Civil Veterinary Dept. Bombay admin report 1932-41 - 1932-1941
Year: 1932
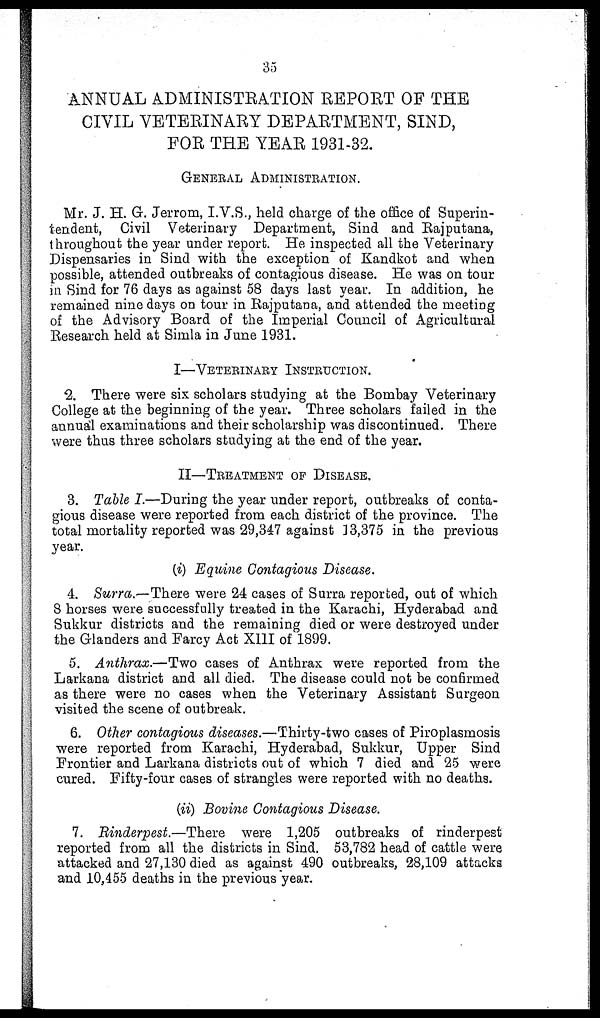
35
ANNUAL ADMINISTRATION REPORT OF THE
CIVIL VETERINARY DEPARTMENT, SIND,
FOR THE YEAR 1931-32.
GENERAL ADMINISTRATION.
Mr. J. H. G. Jerrom, I.V.S., held charge of the office of Superin-
tendent, Civil Veterinary Department, Sind and Rajputana,
throughout the year under report. He inspected all the Veterinary
Dispensaries in Sind with the exception of Kandkot and when
possible, attended outbreaks of contagious disease. He was on tour
in Sind for 76 days as against 58 days last year. In addition, he
remained nine days on tour in Rajputana, and attended the meeting
of the Advisory Board of the Imperial Council of Agricultural
Research held at Simla in June 1931.
I—VETERINARY INSTRUCTION.
2. There were six scholars studying at the Bombay Veterinary
College at the beginning of the year. Three scholars failed in the
annual examinations and their scholarship was discontinued. There
were thus three scholars studying at the end of the year.
II—TREATMENT OF DISEASE.
3. Table I.—During the year under report, outbreaks of conta-
gious disease were reported from each district of the province. The
total mortality reported was 29,347 against 13,375 in the previous
year.
(i) Equine Contagious Disease.
4. Surra.—There were 24 cases of Surra reported, out of which
8 horses were successfully treated in the Karachi, Hyderabad and
Sukkur districts and the remaining died or were destroyed under
the Glanders and Farcy Act XIII of 1899.
5. Anthrax.—Two cases of Anthrax were reported from the
Larkana district and all died. The disease could not be confirmed
as there were no cases when the Veterinary Assistant Surgeon
visited the scene of outbreak.
6. Other contagious diseases.—Thirty-two cases of Piroplasmosis
were reported from Karachi, Hyderabad, Sukkur, Upper Sind
Frontier and Larkana districts out of which 7 died and 25 were
cured. Fifty-four cases of strangles were reported with no deaths.
(ii) Bovine Contagious Disease.
7. Rinderpest.—There were 1,205 outbreaks of rinderpest
reported from all the districts in Sind. 53,782 head of cattle were
attacked and 27,130 died as against 490 outbreaks, 28,109 attacks
and 10,455 deaths in the previous year.